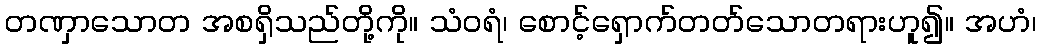
တဏှာသောတ အစရှိသည်တို့ကို။ သံဝရံ၊ စောင့်ရှောက်တတ်သောတရားဟူ၍။ အဟံ၊